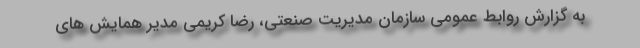
به گزارش روابط عمومی سازمان مدیریت صنعتی، رضا کریمی مدیر همایش های